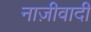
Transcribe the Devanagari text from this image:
नाज़ीवादी